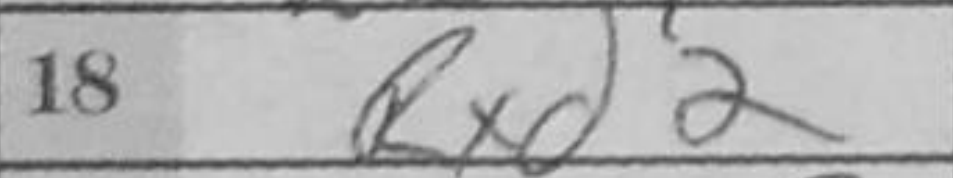
Transcription: Rxd2